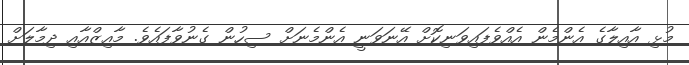
މުޅި އާއިލާގެ އެންމެން އެއްވެފައިވަނިކޮށް އޭނަވަނީ އެންމެނަށް ސިހުން ގެނުވާފައެވެ. މާއިޒްއާއި ދިމާލަށް